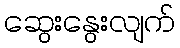
ဆွေးနွေးလျက်